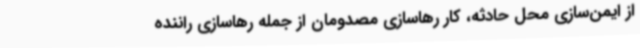
از ایمن‌سازی محل حادثه، کار رهاسازی مصدومان از جمله رهاسازی راننده